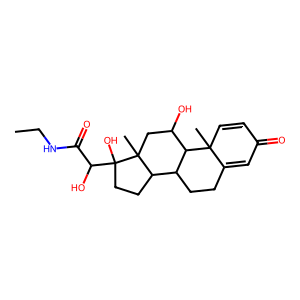
SMILES: CCNC(=O)C(O)C1(O)CCC2C3CCC4=CC(=O)C=CC4(C)C3C(O)CC21C
Inhibits HIV replication: No